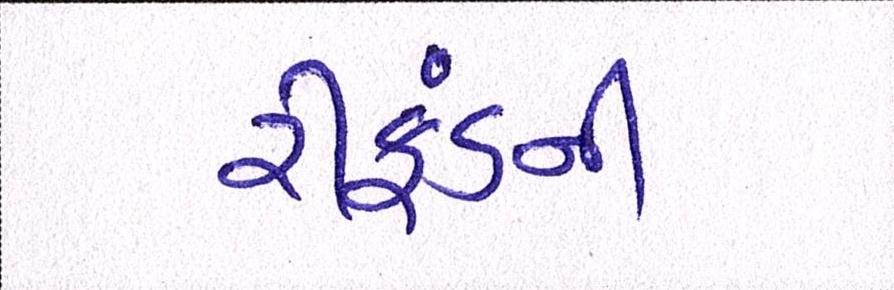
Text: રીફંડની